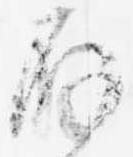
存